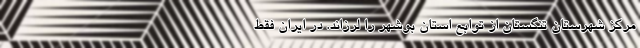
مرکز شهرستان تنگستان از توابع استان بوشهر را لرزاند. در ایران فقط